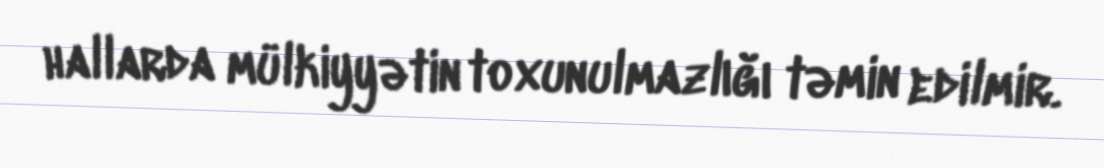
hallarda mülkiyyətin toxunulmazlığı təmin edilmir.